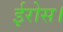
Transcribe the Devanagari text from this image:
ईरोस।